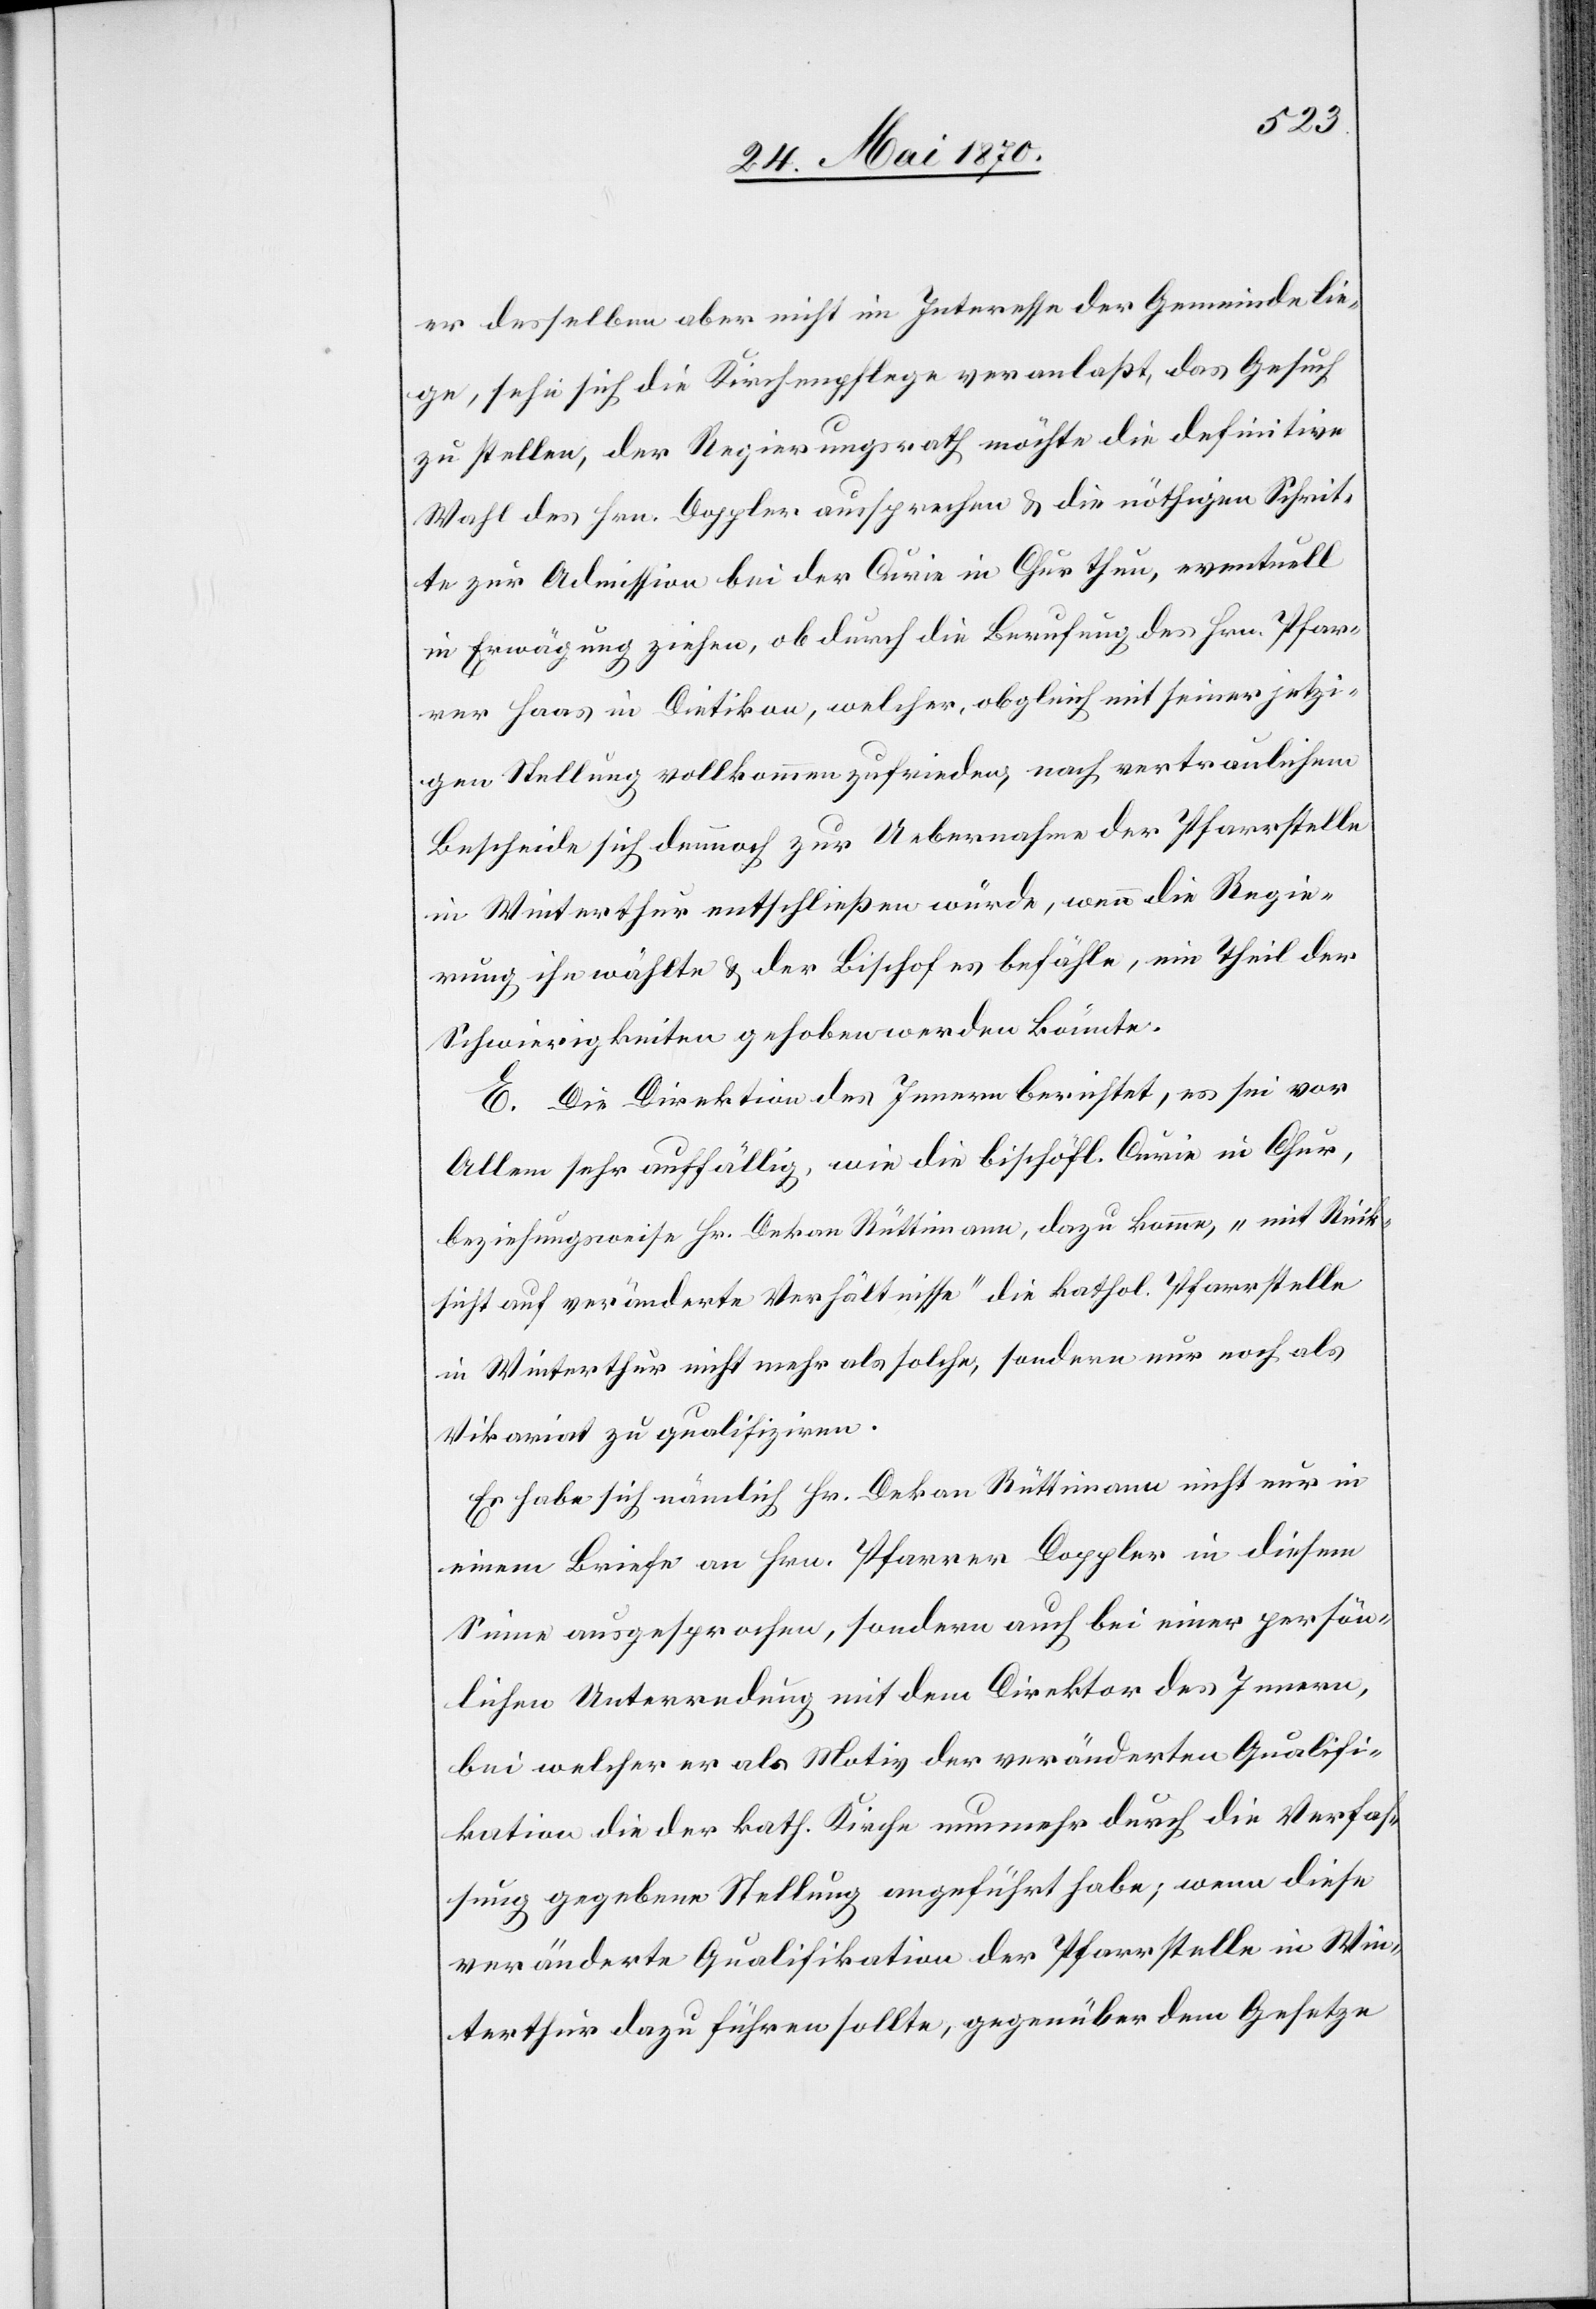
er desselben aber nicht im Interesse der Gemeinde lie¬
ge, sehe sich die Kirchenpflege veranlaßt, das Gesuch
zu stellen, der Regierungsrath möchte die definitive
Wahl des Hrn. Doppler aussprechen & die nöthigen Schrit¬
te zur Admission bei der Curie in Chur thun, eventuell
in Erwägung ziehen, ob durch die Berufung des Hrn. Pfar¬
rer Haas in Dietikon, welcher, obgleich mit seiner jetzi¬
gen Stellung vollkommen zufrieden, nach vertraulichem
Bescheide sich dennoch zur Uebernahme der Pfarrstelle
in Winterthur entschließen würde, wenn die Regie¬
rung ihn wählte & der Bischof es befähle, ein Theil der
Schwierigkeiten gehoben werden könnte.
E. Die Direktion des Innern berichtet, es sei vor
Allem sehr auffällig, wie die bischöfl. Curie in Chur,
beziehungsweise Hr. Dekan Rüttimann, dazu komme, „mit Rück¬
sicht auf veränderte Verhältnisse“ die kathol. Pfarrstelle
in Winterthur nicht mehr als solche, sondern nur noch als
Vikariat zu qualifiziren.
Es habe sich nämlich Hr. Dekan Rüttimann nicht nur in
einem Briefe an Hrn. Pfarrer Doppler in diesem
Sinne ausgesprochen, sondern auch bei einer persön¬
lichen Unterredung mit dem Direktor des Innern,
bei welcher er als Motiv der veränderten Qualifi¬
kation die der kath. Kirche nunmehr durch die Verfas¬
sung gegebener Stellung angeführt habe; wenn diese
veränderte Qualifikation der Pfarrstelle in Win¬
terthur dazu führen sollte, gegenüber dem Gesetze